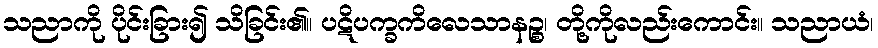
သညာကို ပိုင်းခြား၍ သိခြင်း၏။ ပဋိပက္ခကိလေသာနဉ္စ၊ တို့ကိုလည်းကောင်း။ သညာယံ၊